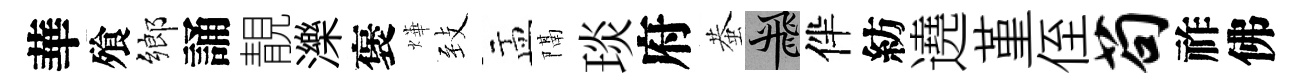
華飱鄉誦靚濼褒燁𦤺盂隔琰府蛬飛伴紡遶堇侄苟祚佛